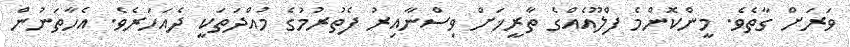
ވަރަށް ގާތެވެ. މީންކޮންމެ ފްލޫއެއްގެ ތާރީޚަށް ވިސްނާއިރު ފެތުރުމުގެ މުއްދަތަކީ ދެއަހަރެވެ. އެހާތަނުން